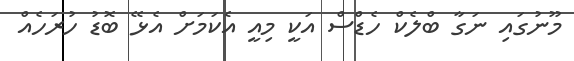
މޫނުގައި ނަގާ ބްލެކް ހެޑްސް އަކީ މިއީ އެކަމަށް އެޅޭ ބޮޑު ހުރަހެއް